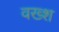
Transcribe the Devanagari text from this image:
वख्श